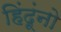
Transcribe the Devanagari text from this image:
हिंदूंनो